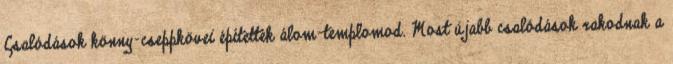
Csalódások könny-cseppkövei építették álom-templomod. Most újabb csalódások rakodnak a